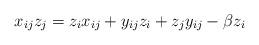
LaTeX: \begin{gather*}x_{ij} z_j=z_{i} x_{ij}+y_{ij} z_i+z_j y_{ij}-\beta z_{i}\end{gather*}